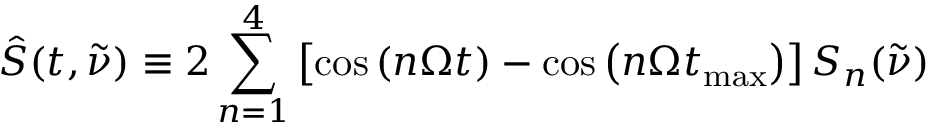
\hat { S } ( t , \tilde { \nu } ) \equiv 2 \sum _ { n = 1 } ^ { 4 } \left[ \cos \left( { n \Omega t } \right) - \cos \left( { n \Omega t _ { \mathrm { m a x } } } \right) \right] S _ { n } ( \tilde { \nu } )